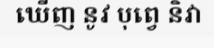
ឃើញ នូវ បុព្វេ និវា